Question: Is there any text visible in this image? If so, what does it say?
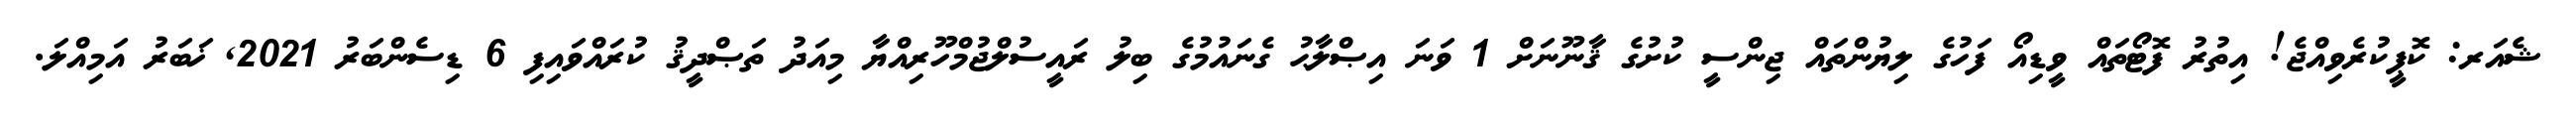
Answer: ޝެއަރ: ކޮޕީކުރެވިއްޖެ! އިތުރު ފޮޓޯތައް ވީޑިއޯ ފަހުގެ ލިޔުންތައް ޖިންސީ ކުށުގެ ޤާނޫނަށް 1 ވަނަ އިޞްލާޙު ގެނައުމުގެ ބިލު ރައީސުލްޖުމްހޫރިއްޔާ މިއަދު ތަޞްދީޤު ކުރައްވައިފި 6 ޑިސެންބަރު 2021, ޚަބަރު އަމިއްލަ.